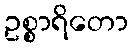
ဥစ္စာရိတော